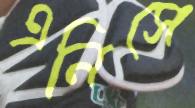
এনিসে